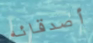
أصدقائه